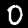
Digit: 0